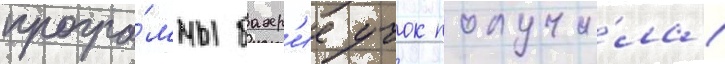
програ́ммы бахр'ие учок получи́ла